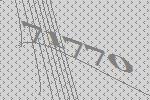
71770